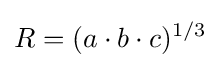
R=(a\cdot b\cdot c)^{1/3}